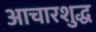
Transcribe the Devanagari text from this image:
आचारशुद्ध